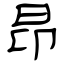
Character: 昂